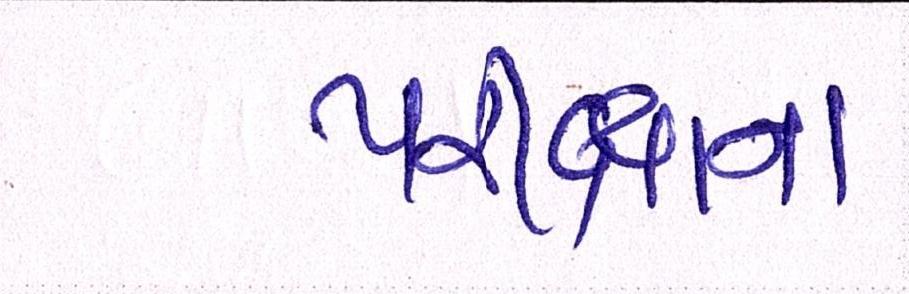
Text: પરીક્ષાના